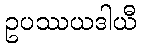
ဥပဿယဒါယီ